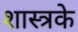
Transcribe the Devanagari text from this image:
शास्त्रके